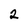
Character: 2